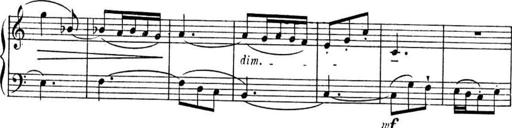
Title: Sonatines
Composer: Hedwige ChrÃ©tien